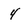
Character: 4